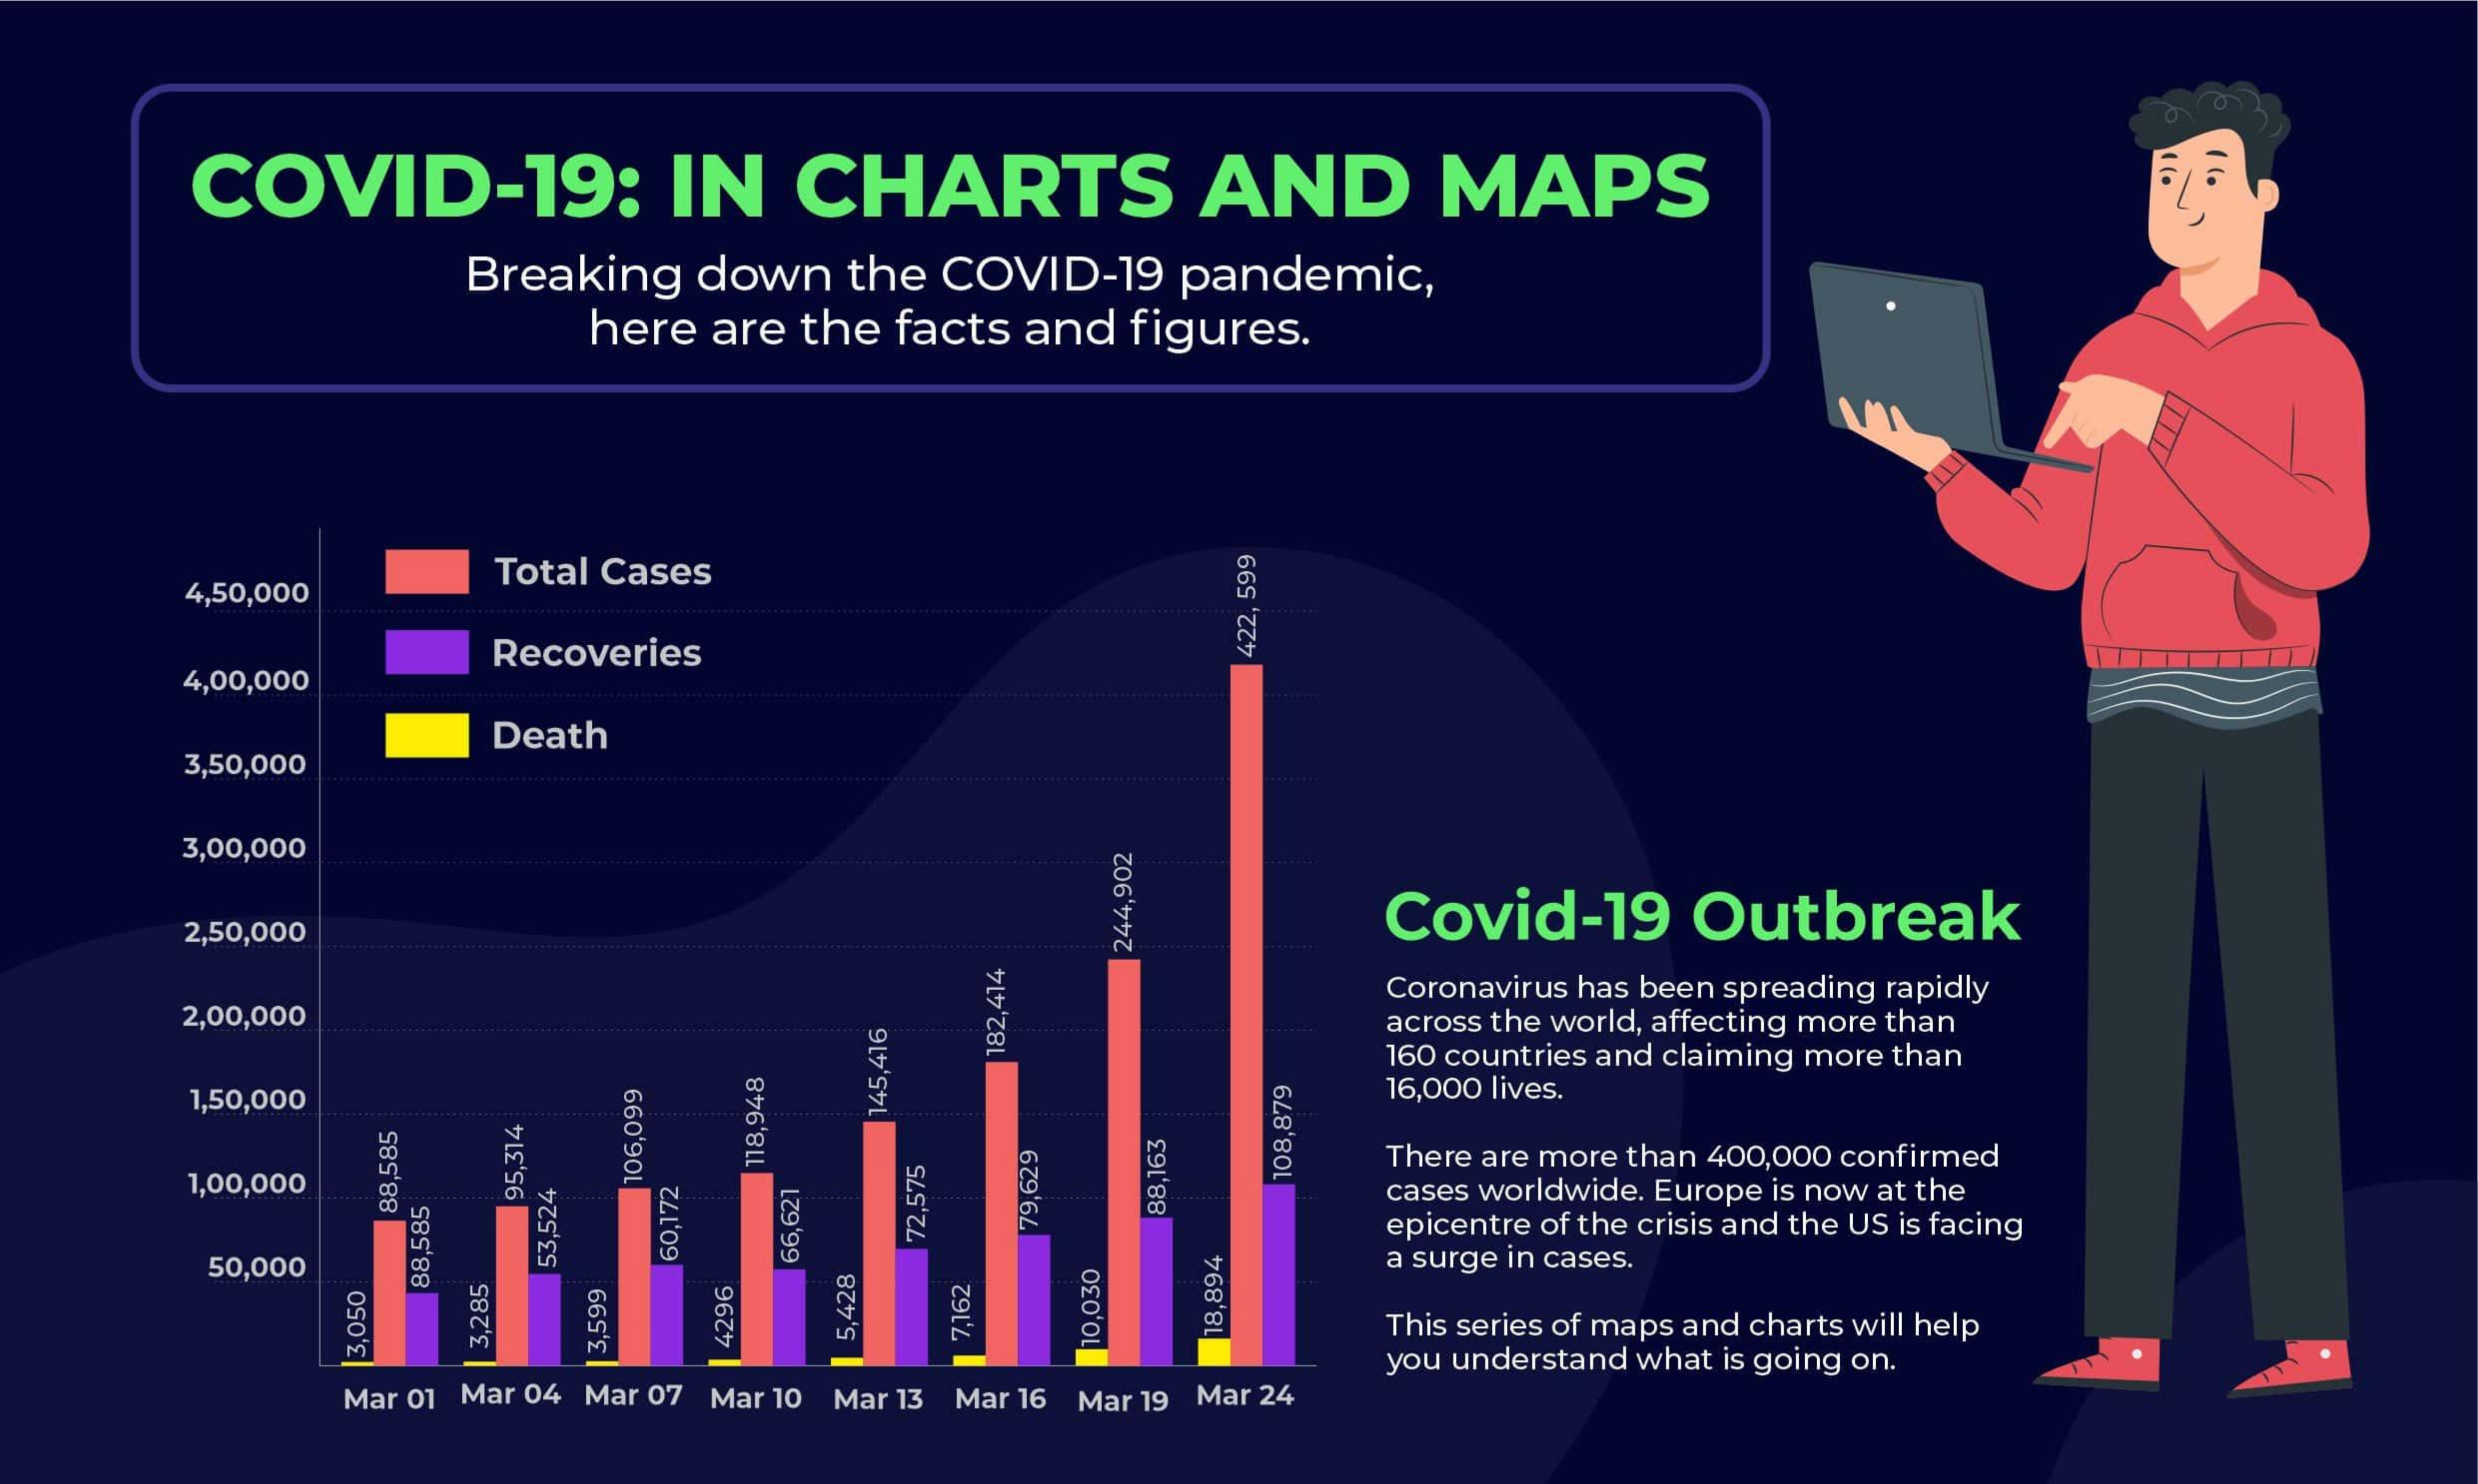
COVID-19:    IN   CHARTS    AND    MAPS
     Breaking down the COVID-19 pandemic,
     here are the facts and figures.
     4,50,000
     Total Cases
     4,00,000
     Recoveries
     422,
     599
     3,50,000
     Death
     3,00,000
     2,50,000    Covid-19   Outbreak 244,902
     2,00,000
     Coronavirus has been spreading rapidly
     across the world, affecting more than
     160 countries and claiming more than
     182,414
     1,50,000    16,000 lives.
     145,416
     1,00,000
     There are more than 400,000 confirmed
     118,948
     cases worldwide. Europe is now at the
     108,879 106,099 95,314
     epicentre of the crisis and the US is facing
     88,585    88,163 79,629 72,575
     50,000    a surge in cases.
     60,172 66,621 53,524 88,585
     This series of maps and charts will help 5,428 7,162
     you understand what is going on.
     18,894 4296 10,030 3,599 3,285 3,050
     Mar 01 Mar 04 Mar 07 Mar 10 Mar 13 Mar 16 Mar 19 Mar 24